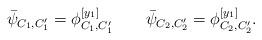
LaTeX: \begin{align*}\bar{\psi}_{C_1,C'_1}=\phi^{[y_1]}_{C_1,C'_1}\quad\quad\bar{\psi}_{C_2,C'_2}=\phi^{[y_1]}_{C_2,C'_2}.\end{align*}